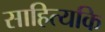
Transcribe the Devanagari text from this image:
साहित्यकि